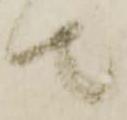
て